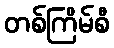
တစ်ကြိမ်စီ